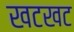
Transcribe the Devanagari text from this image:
खटखट